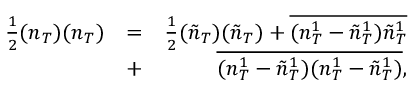
\begin{array} { r l r } { \frac { 1 } { 2 } ( n _ { T } ) ( n _ { T } ) } & { = } & { \frac { 1 } { 2 } ( \tilde { n } _ { T } ) ( \tilde { n } _ { T } ) + \overline { { ( n _ { T } ^ { 1 } - \tilde { n } _ { T } ^ { 1 } ) \tilde { n } _ { T } ^ { 1 } } } } \\ & { + } & { \overline { { ( n _ { T } ^ { 1 } - \tilde { n } _ { T } ^ { 1 } ) ( n _ { T } ^ { 1 } - \tilde { n } _ { T } ^ { 1 } ) } } , } \end{array}